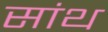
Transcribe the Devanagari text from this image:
सांथ